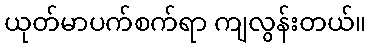
ယုတ်မာပက်စက်ရာ ကျလွန်းတယ်။